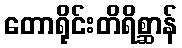
တောရိုင်းတိရိစ္ဆာန်